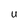
Character: U